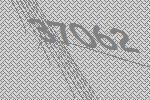
37062